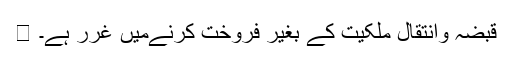
 قبضہ وانتقالِ ملکیت کے بغیر فروخت کرنےمیں غرر ہے۔